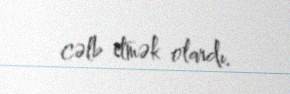
cəlb etmək olardı.